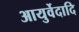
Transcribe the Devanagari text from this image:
आयुर्वेदादि